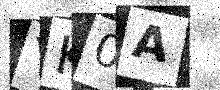
Text: YK0A